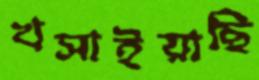
খসাইয়াছি